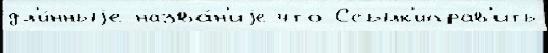
дл'и́нныjе назва́н'иjе что Ссылк'иправ'ить